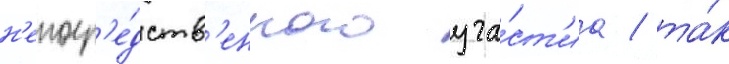
н'епоср'е́дств'енного уча́ст'иа / та́к